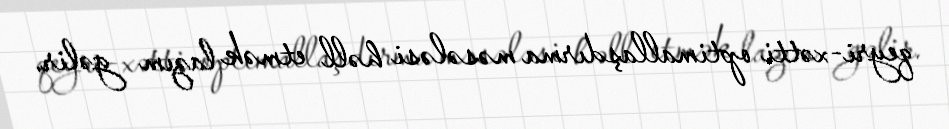
qeyri-xətti optimallaşdırma məsələsi həll etmək lazım gəlir.